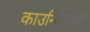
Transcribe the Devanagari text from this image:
काउन्सिलाची